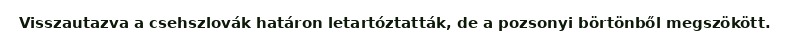
Visszautazva a csehszlovák határon letartóztatták, de a pozsonyi börtönből megszökött.